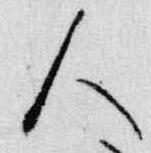
人